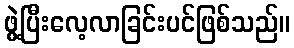
ဖွဲ့ပြီးလေ့လာခြင်းပင်ဖြစ်သည်။